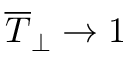
\overline { { T } } _ { \perp } \rightarrow 1